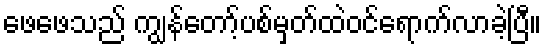
ဖေဖေသည် ကျွန်တော့်ပစ်မှတ်ထဲဝင်ရောက်လာခဲ့ပြီ။